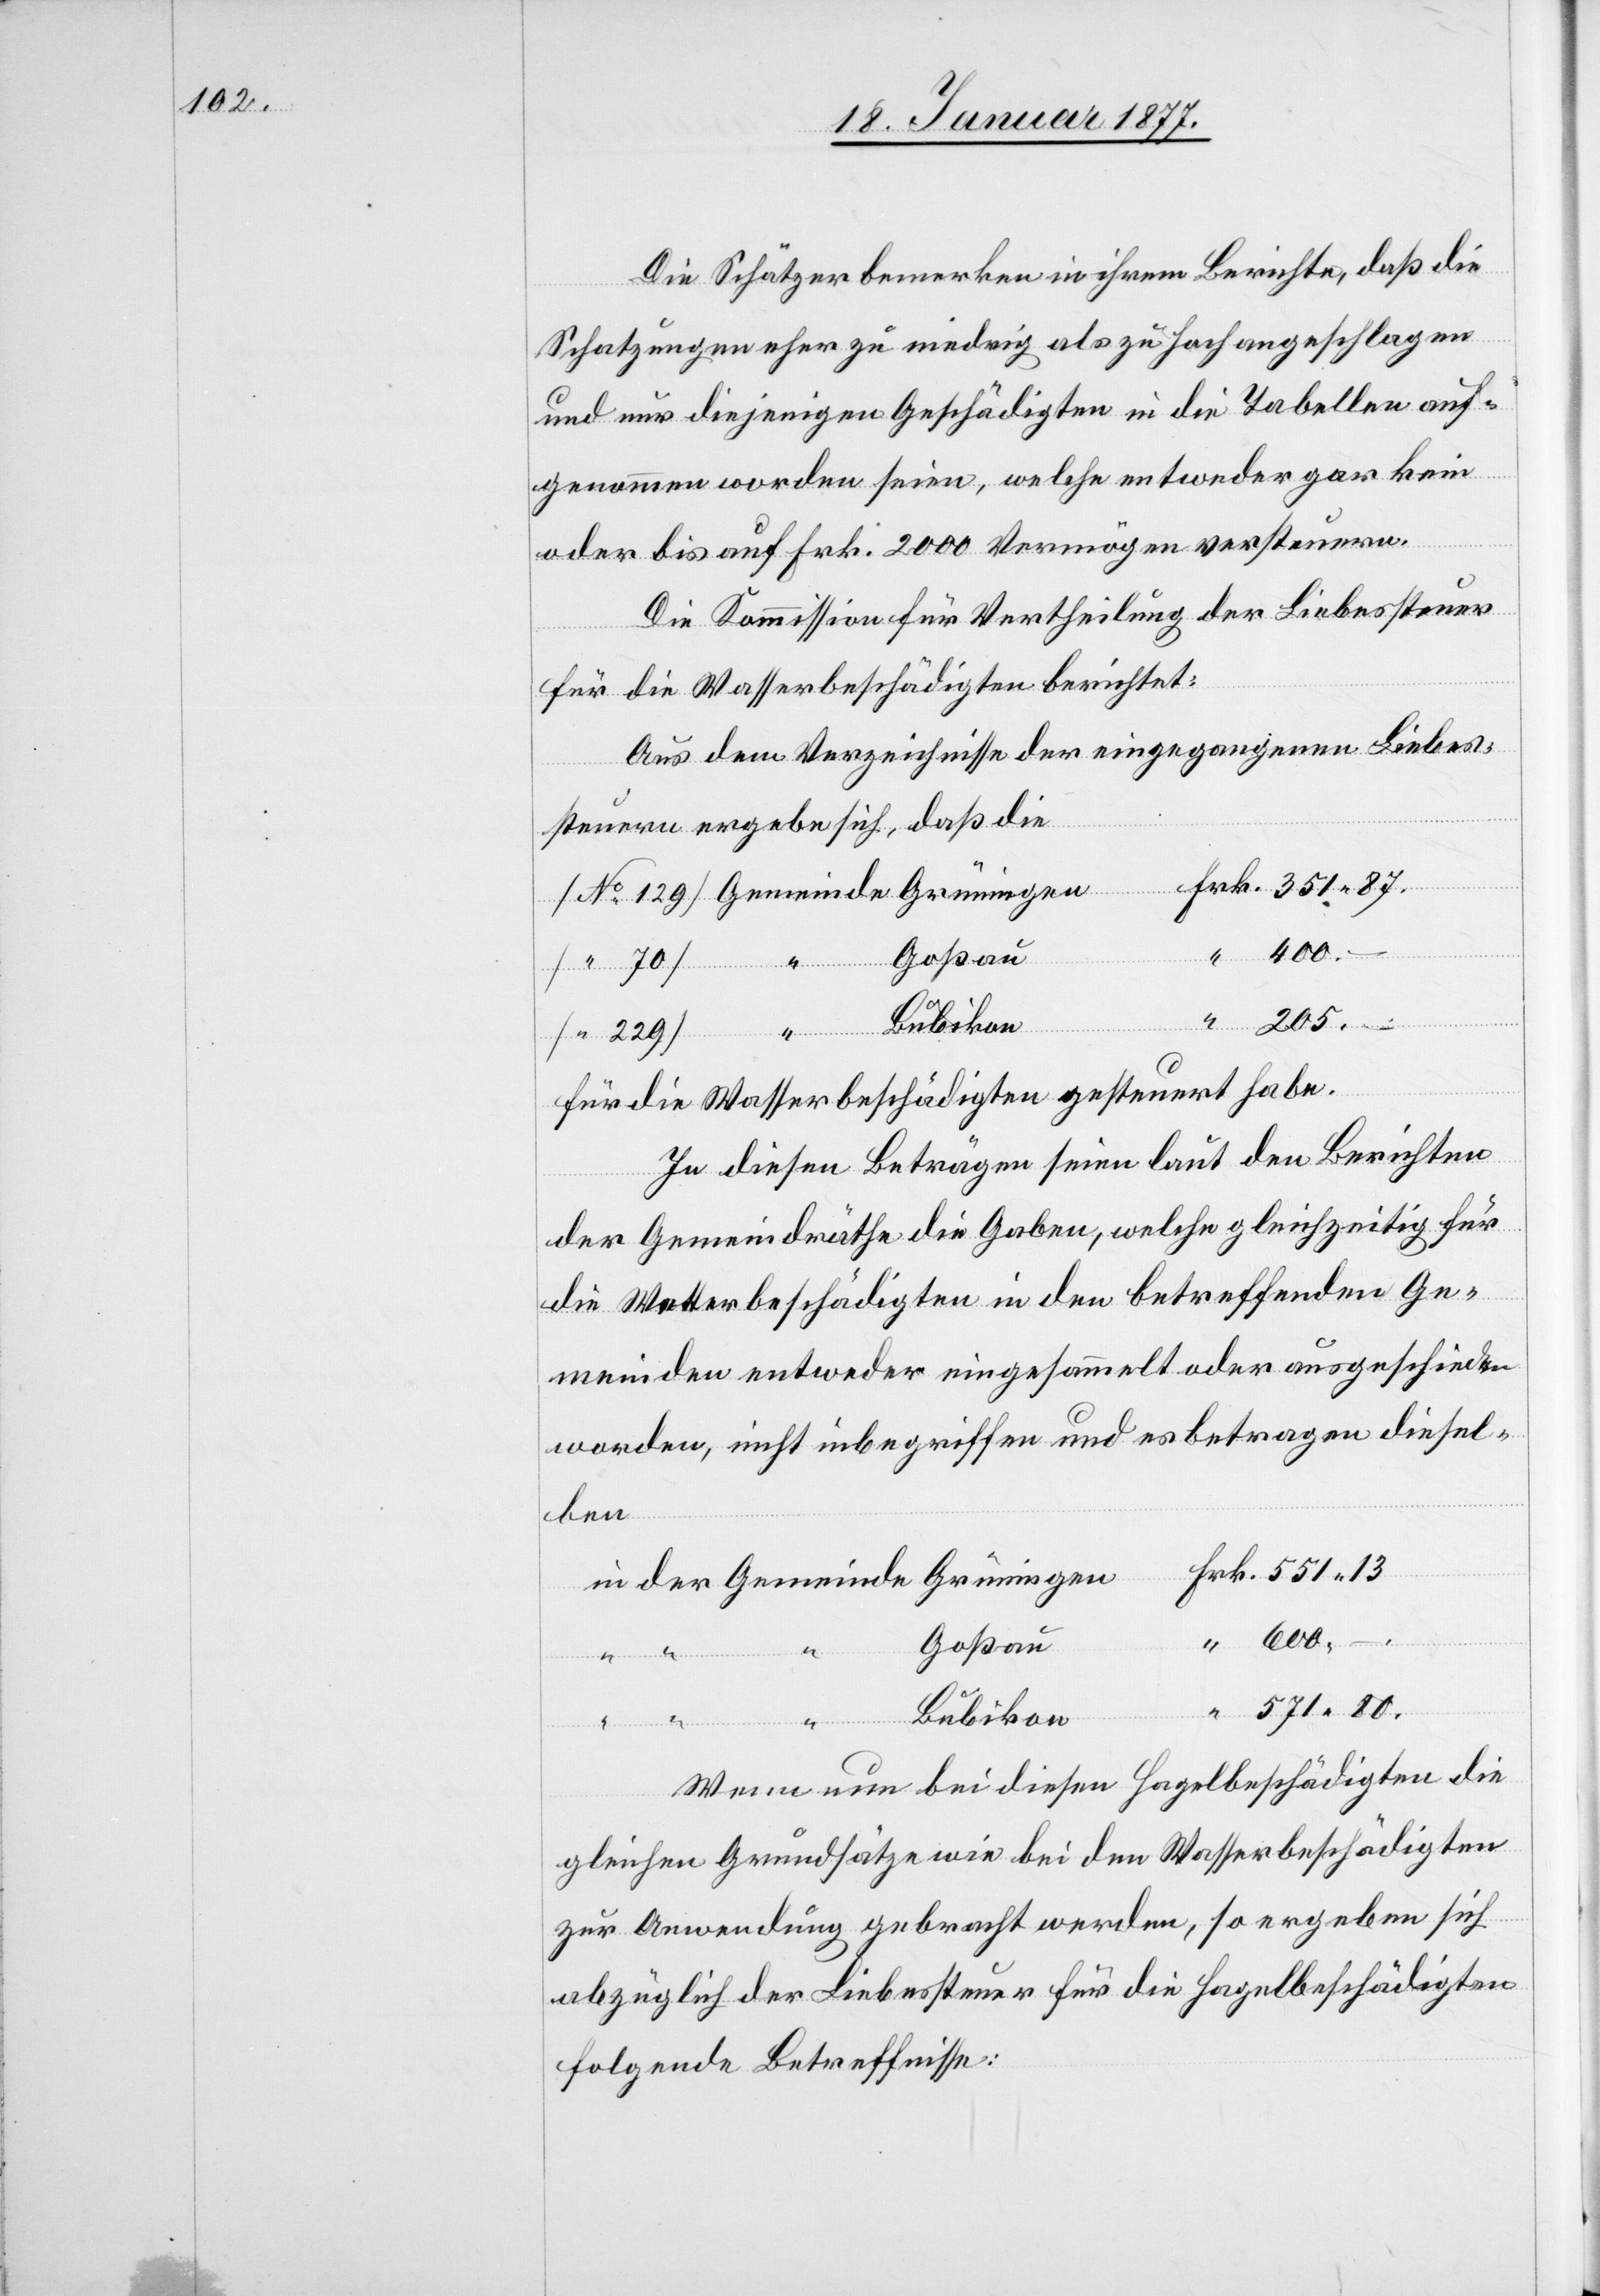
Die Schätzer bemerken in ihrem Berichte, daß die
Schatzungen eher zu niedrig als zu hoch angeschlagen
und nur diejenigen Geschädigten in die Tabelle auf¬
genommen worden seien, welche entweder gar kein
oder bis auf Frk. 2000 Vermögen versteuern.
Die Kommission für Vertheilung der Liebessteuer
für die Wasserbeschädigten berichtet:
Aus dem Verzeichnisse der eingegangenen Liebes¬
steuern ergebe sich, daß die
Grüningen
Frk.
Bubikon
für die Wasserbeschädigten gesteuert habe.
In diesen Beträgen seien laut den Berichten
der Gemeindräthe die Gaben, welche gleichzeitig für
die Wetterbeschädigten in den betreffenden Ge¬
meinden entweder eingesammelt oder ausgeschieden
worden, nicht inbegriffen und es betragen diesel¬
ben
der
Goßau
400.
Wenn nun bei diesen Hagelbeschädigten die
gleichen Grundsätze wie bei den Wasserbeschädigten
zur Anwendung gebracht werden, so ergeben sich
abzüglich der Liebessteuer für die Hagelbeschädigten
folgende Betreffnisse:

“